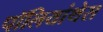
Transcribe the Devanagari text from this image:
पॉलियांथेस